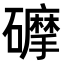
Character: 𥗂